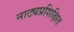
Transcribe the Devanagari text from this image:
नाट्यप्रशिक्षित